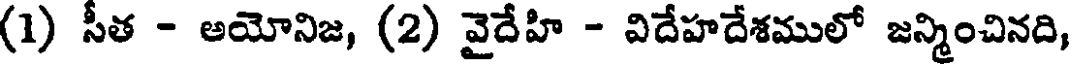
(1) సీత - అయోనిజ, (2) వైదేహి - విదేహదేశములో జన్మించినది,